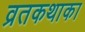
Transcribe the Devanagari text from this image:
व्रतकथाका